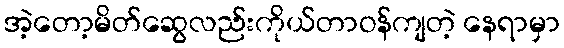
အဲ့တော့မိတ်ဆွေလည်းကိုယ်တာဝန်ကျတဲ့ နေရာမှာ